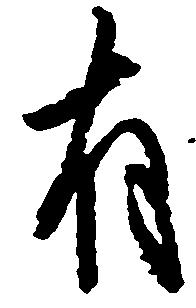
有